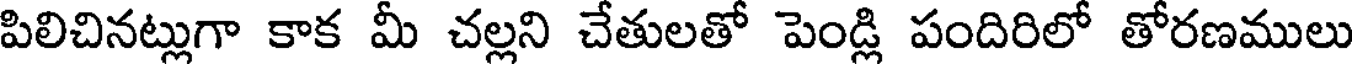
పిలిచినట్లుగా కాక మీ చల్లని చేతులతో పెండ్లి పందిరిలో తోరణములు